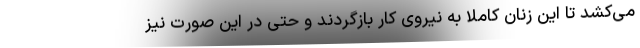
می‌کشد تا این زنان کاملا به نیروی کار بازگردند و حتی در این صورت نیز